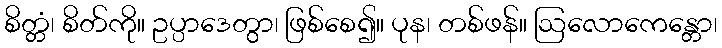
စိတ္တံ၊ စိတ်ကို။ ဥပ္ပာဒေတွာ၊ ဖြစ်စေ၍။ ပုန၊ တစ်ဖန်။ ဩလောကေန္တော၊